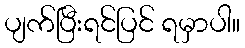
ပျက်ပြီးရင်ပြင် ရမှာပါ။